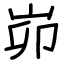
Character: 峁